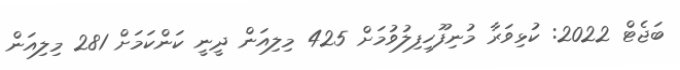
ބަޖެޓް 2022: ކުޅިވަރާ މުނިފޫހިފިލުވުމަށް 425 މިލިއަން ދީނީ ކަންކަމަށް 281 މިލިއަން